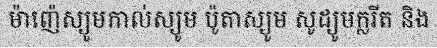
ម៉ាញ៉េស្យូមកាល់ស្យូម ប៉ូតាស្យូម សូដ្យូមក្លរីត និង